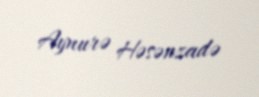
Aynurə Həsənzadə